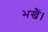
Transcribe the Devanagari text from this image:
भखैं।